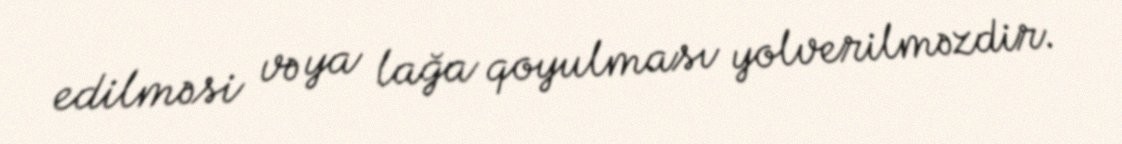
edilməsi və ya lağa qoyulması yolverilməzdir.